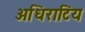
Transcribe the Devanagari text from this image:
अधिराटिय